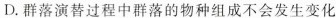
D.群落演替过程中群落的物种组成不会发生变化